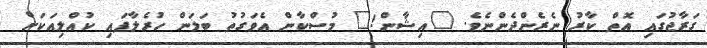
ގަރާޖުގައި އޮތް ކާރު ނެރެންދެންނެވެ. "އިޝާން!" މުސްކާން އެވަގުތު ބަލަން ހުރެލާފައި ކުއްލިއަކަށް